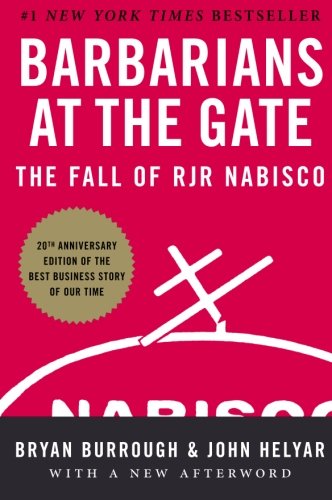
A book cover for Barbarians at the Gate: The Fall of RJR Nabisco; Bryan Burrough; Business & Money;